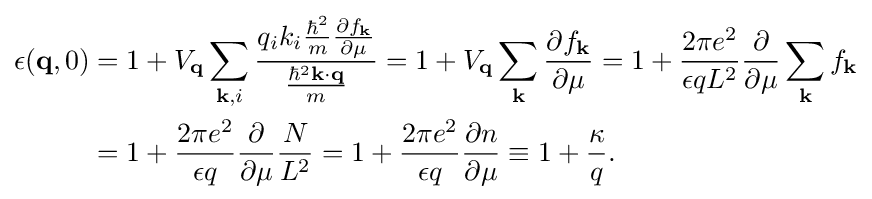
{\begin{alignedat}{2}\epsilon (\mathbf {q} ,0)&=1+V_{\mathbf {q} }\sum _{\mathbf {k} ,i}{\frac {q_{i}k_{i}{\frac {\hbar ^{2}}{m}}{\frac {\partial f_{\mathbf {k} }}{\partial \mu }}}{\frac {\hbar ^{2}\mathbf {k} \cdot \mathbf {q} }{m}}}=1+V_{\mathbf {q} }\sum _{\mathbf {k} }{\frac {\partial f_{\mathbf {k} }}{\partial \mu }}=1+{\frac {2\pi e^{2}}{\epsilon qL^{2}}}{\frac {\partial }{\partial \mu }}\sum _{\mathbf {k} }{f_{\mathbf {k} }}\\&=1+{\frac {2\pi e^{2}}{\epsilon q}}{\frac {\partial }{\partial \mu }}{\frac {N}{L^{2}}}=1+{\frac {2\pi e^{2}}{\epsilon q}}{\frac {\partial n}{\partial \mu }}\equiv 1+{\frac {\kappa }{q}}.\end{alignedat}}